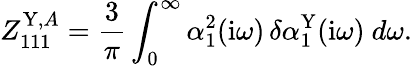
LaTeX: Z_{111}^{\mathrm{Y},A}=\frac 3\pi\int_{0}^{\infty}\alpha_{1}^{2}(\mathrm{i}\omega)\, \delta\alpha_{1}^{\mathrm{Y}}(\mathrm{i}\omega)~d\omega.